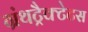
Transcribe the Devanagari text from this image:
ग्रंथट्रैक्टेटस